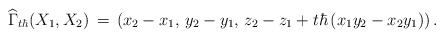
\begin{align*}\widehat\Gamma_{t\hbar}(X_1,X_2) \,=\, \left(x_2-x_1,\,y_2-y_1,\,z_2 - z_1 + t\hbar\left(x_1 y_2 - x_2 y_1\right)\right).\end{align*}